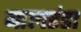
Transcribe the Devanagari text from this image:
बालरंडा